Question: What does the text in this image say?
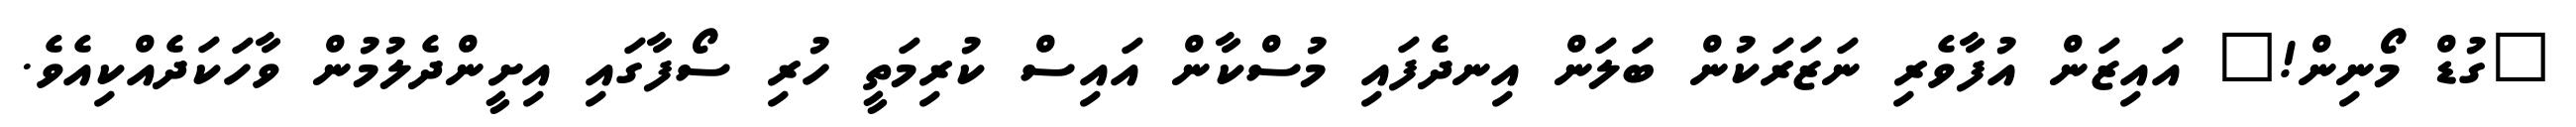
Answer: "ގުޑް މޯނިން!" އައިޒަން އުފާވެރި ނަޒަރަކުން ބަލަން އިނދެފައި މުސްކާން އައިސް ކުރިމަތީ ހުރި ސޯފާގައި އިށީންދެލުމުން ވާހަކަދެއްކިއެވެ.